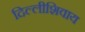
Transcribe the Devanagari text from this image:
दिल्लीशिवाय